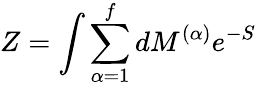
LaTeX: Z=\int\sum_{\alpha=1}^{f}dM^{(\alpha)}e^{-S}